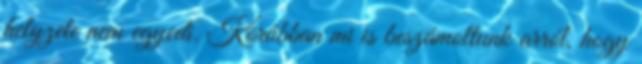
helyzete nem egyedi. Korábban mi is beszámoltunk arról, hogy